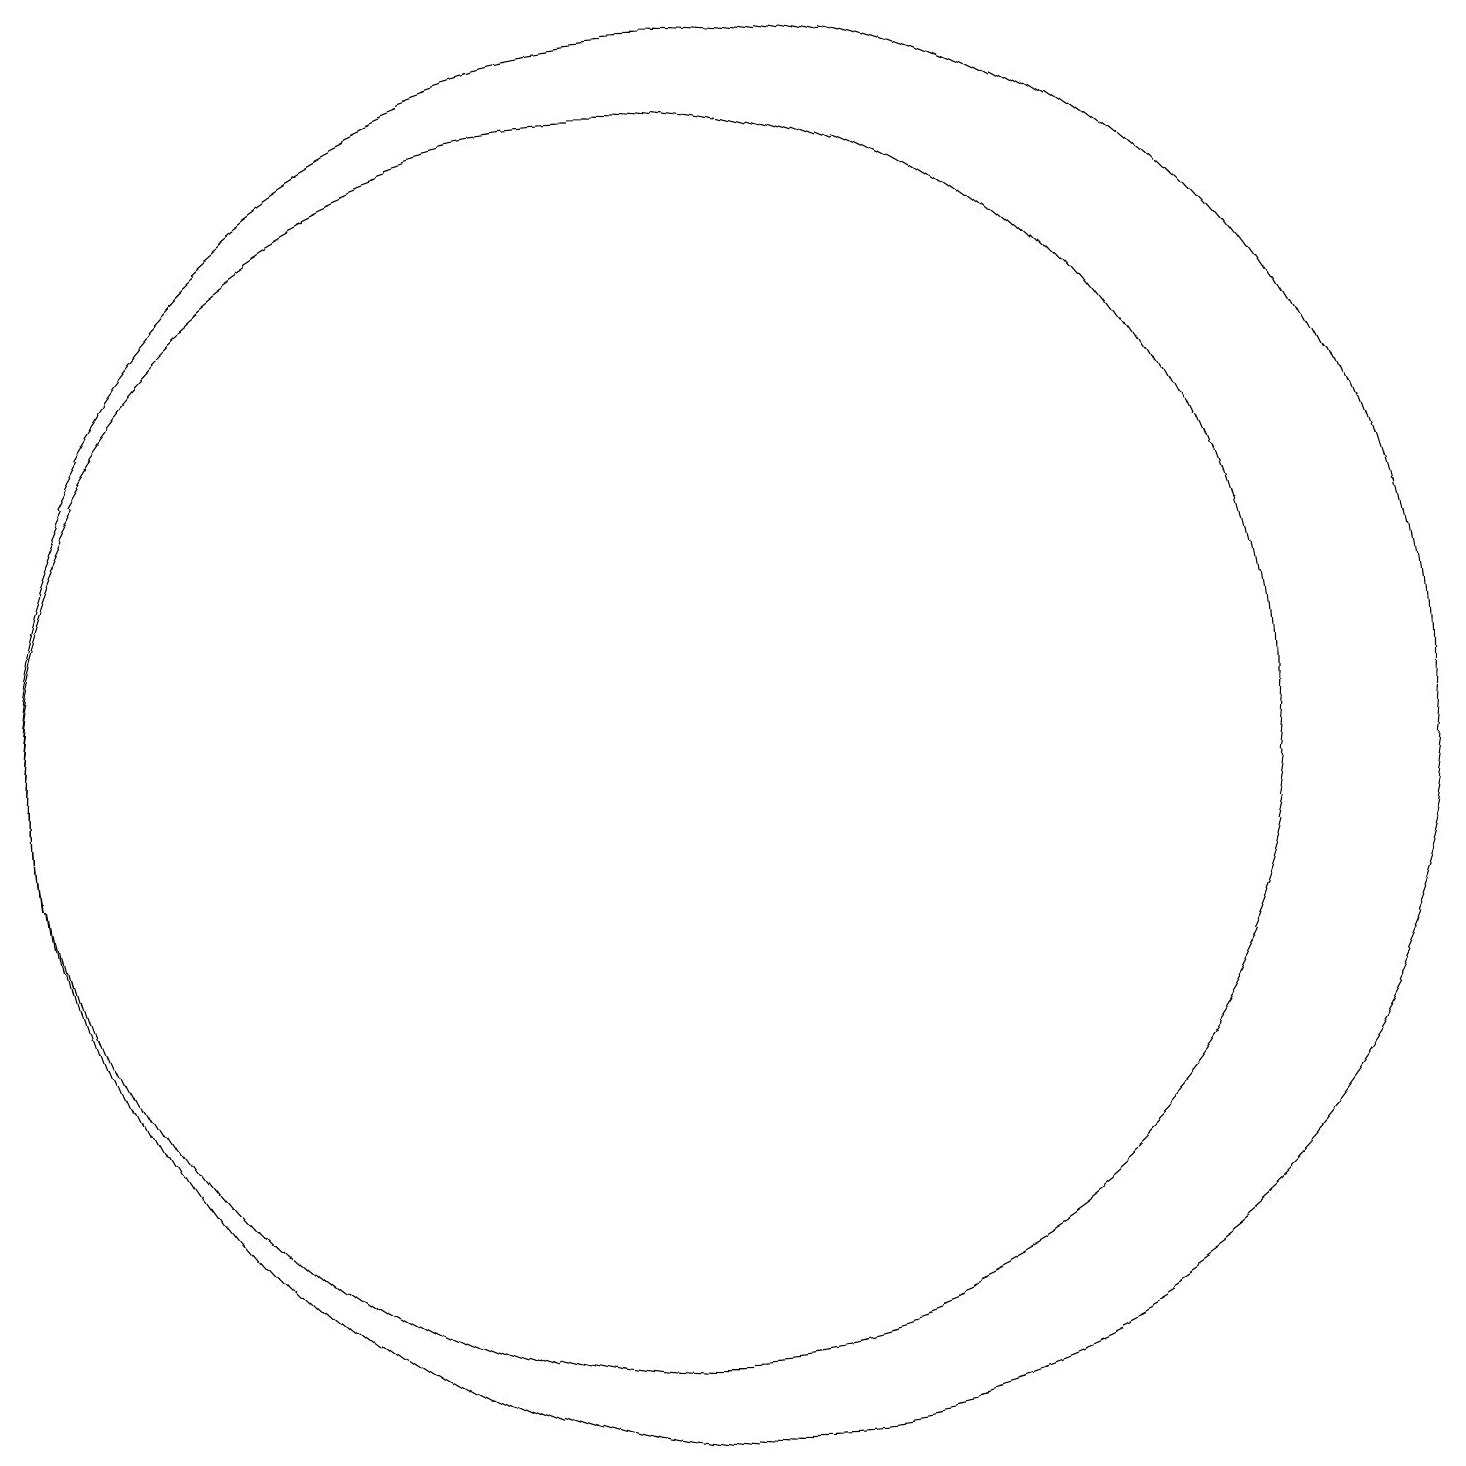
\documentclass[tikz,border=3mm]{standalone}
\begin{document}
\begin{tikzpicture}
\draw (11,10) circle (0);
\draw (10,10) circle (8);
\draw (11,10) circle (9);
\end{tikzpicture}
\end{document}